Report on sanitation, dispensaries, and jails in Rajputana for 1920, and on vaccination for the year 1920-1921 - 1920-1921
Year: 1920
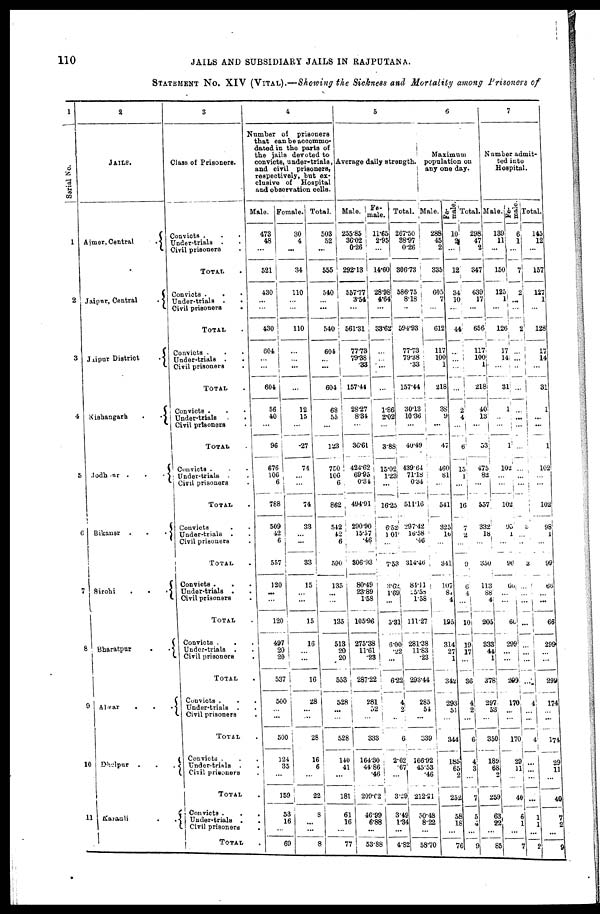
110
JAILS AND SUBSIDIARY JAILS IN RAJPUTANA.
STATEMENT No. XIV (VITAL).—Showing the Sickness and Mortality among Prisoners of
1
Serial No.
1
2
3
4
5
6
7
8
9
10
11
2
JAILS.
Ajmer, Central
.
Jaipur, Central
.
Jaipur District
.
Kishangarh
.
.
Jodhpur .
.
.
Bikaner
.
.
.
Sirohi
.
.
.
Bharatpur
.
.
Alwar
.
.
.
Dhelpur .
.
.
Karauli
.
.
3
Class of Prisoners.
Convicts . . .
Under-trials .
.
Civil prisoners .
TOTAL .
Convicts . . .
Under-trials . .
Civil prisoners
.
TOTAL .
Convicts . . .
Under-trialas . .
Civil prisoners .
TOTAL .
Cnvicts . . .
Under-trials . .
Civil prisoners .
TOTAL .
Convicts . . .
Under-trials .
.
Civil prisoners .
TOTAL .
Convicts
. .
Under-trials . .
Civil prisoners .
TOTAL .
Convicts .
. .
Under-trials .
Civil prisoners .
TOTAL .
Convicts .
. .
Under-trials . .
Civil prisoners .
TOTAL .
Convicts . . .
Under-trials . .
Civil prisoners .
TOTAL .
Convicts . . .
Under-trials . .
Civil prisoners .
TOTAL .
Convicts .
.
.
Under-trials .
.
Civil prisoners
.
TOTAL .
4
Number of prisoners
that can be accommo-
dated in the parts of
the jails devoted to
convicts, under-trials,
and civil prisoners,
respectively, but ex-
clusive of Hospital
and observation cells.
Male.
473
48
...
521
430
...
...
430
604
...
...
604
56
40
...
96
676
106
6
788
509
42
6
557
120
...
...
120
497
20
20
537
500
...
...
500
124
35
...
159
53
16
...
69
Female.
30
4
...
34
110
...
...
110
...
...
...
...
12
15
...
27
74
...
...
74
33
...
...
33
15
...
...
15
16
...
...
16
28
...
...
28
16
6
...
22
8
...
...
8
Total.
503
52
...
555
540
...
...
540
604
...
...
604
68
55
...
123
750
106
6
862
542
42
6
590
135
...
...
135
513
20
20
553
528
...
...
528
140
41
...
181
61
16
...
77
5
Average daily strength.
Male.
255.85
36.02
0.26
292.13
557.77
3.54
...
561.31
77.73
79.38
.33
157.44
28.27
8.34
...
36.61
424.62
69.95
0.34
494.91
290.90
15.57
.46
306.93
80.49
23.89
1.58
105.96
275.38
11.61
.23
287.22
281
52
...
333
164.30
44.86
.46
209.02
46.99
6.88
...
53.88
Fe-
male.
11.65
2.95
...
14.60
28.98
4.64
...
33.62
...
...
...
...
1.86
2.02
...
3.88
15.02
1.23
...
16.25
6.52
101
...
753
3.62
1.69
...
5.31
6.00
.22
...
6.22
4
2
...
6
2.62
.67
...
3.29
3.49
1.34
...
4.82
Total.
267.50
38.97
0.26
306.73
586.75
8.18
...
594.93
77.73
79.38
.33
157.44
30.13
10.36
...
40.49
439.64
71.18
0.34
511.16
297.42
16.58
.46
314.46
84.11
15.58
1.58
111.27
281.38
11.83
.23
293.44
285
54
...
339
166.92
45.53
.46
212.21
50.48
8.22
...
58.70
6
Maximum
population on
any one day.
Male.
288
45
2
335
605
7
...
612
117
100
1
218
38
9
...
47
460
81
...
541
325
16
...
341
107
84
4
195
314
27
1
342
293
51
...
344
185
65
2
252
58
18
...
76
Fe¬
male.
10
2
...
12
34
10
...
44
...
...
...
...
2
4
...
6
15
1
...
16
7
2
...
9
6
4
...
10
19
17
...
36
4
2
...
6
4
3
...
7
5
4
...
9
Total.
298
47
2
347
639
17
...
656
117
100
1
218
40
13
...
53
475
82
...
557
332
18
...
350
113
88
4
205
333
44
1
378
297
53
...
350
189
68
2
259
63
22
...
85
7
Number admit-
ted into
Hospital.
Male.
139
11
...
150
125;
1
...
126
17
14
...
31
1
...
...
1
102
...
...
102
95
1
...
96
60
...
...
64
299
...
...
299
170
...
...
170
29
31
...
40
6
1
...
7
Fe¬
male.
6
1
...
7
2
...
...
2
...
...
...
...
...
...
...
...
...
...
...
...
5
...
...
3
...
...
...
...
...
...
...
...
4
...
...
4
...
...
...
...
1
1
...
2
Total.
145
12
...
157
127
1
...
128
17
14
...
31
1
...
...
1
102
...
...
102
98
1
...
99
66
...
...
66
299
...
...
299
174
...
...
174
29
11
...
40
7
2
...
9